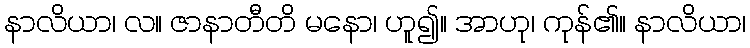
နာလိယာ၊ လ။ ဇာနာတီတိ မနော၊ ဟူ၍။ အာဟု၊ ကုန်၏။ နာလိယာ၊